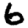
Digit: 6